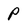
Character: P